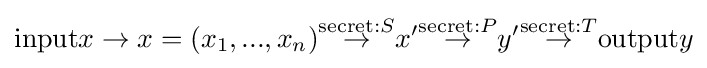
{\text{input}}x\to x=(x_{1},...,x_{n}){\overset {{\text{secret}}:S}{\to }}x'{\overset {{\text{secret}}:P}{\to }}y'{\overset {{\text{secret}}:T}{\to }}{\text{output}}y